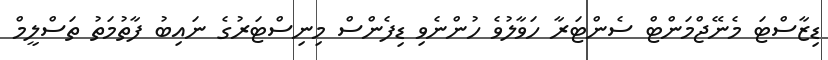
ޑިޒާސްޓަ މެނޭޖްމަންޓް ސެންޓަރާ ހަވާލުވެ ހުންނެވި ޑިފެންސް މިނިސްޓަރުގެ ނައިބު ފާތުމަތު ތަސްލީމް